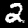
Label: 2